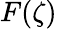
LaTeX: F(\zeta)